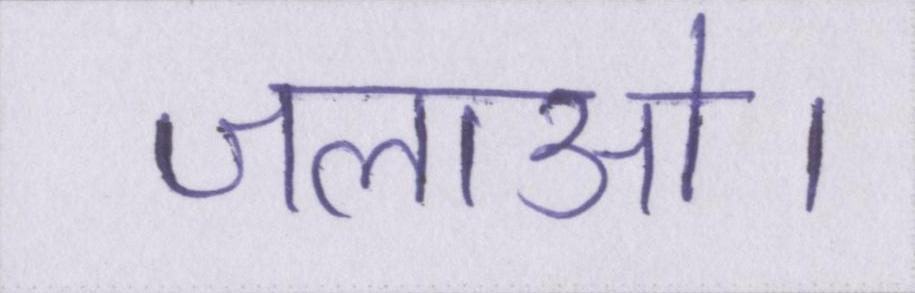
जलाओ।